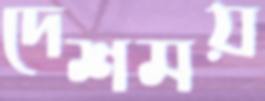
দেশময়